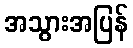
အသွားအပြန်